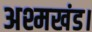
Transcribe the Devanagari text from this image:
अश्मखंड।